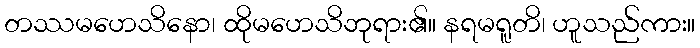
တဿမဟေသိနော၊ ထိုမဟေသိဘုရား၏။ နရမရူတိ၊ ဟူသည်ကား။